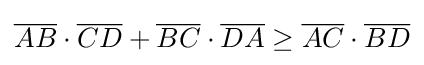
{\overline {AB}}\cdot {\overline {CD}}+{\overline {BC}}\cdot {\overline {DA}}\geq {\overline {AC}}\cdot {\overline {BD}}